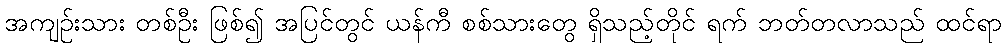
အကျဉ်းသား တစ်ဦး ဖြစ်၍ အပြင်တွင် ယန်ကီ စစ်သားတွေ ရှိသည့်တိုင် ရက် ဘတ်တလာသည် ထင်ရာ